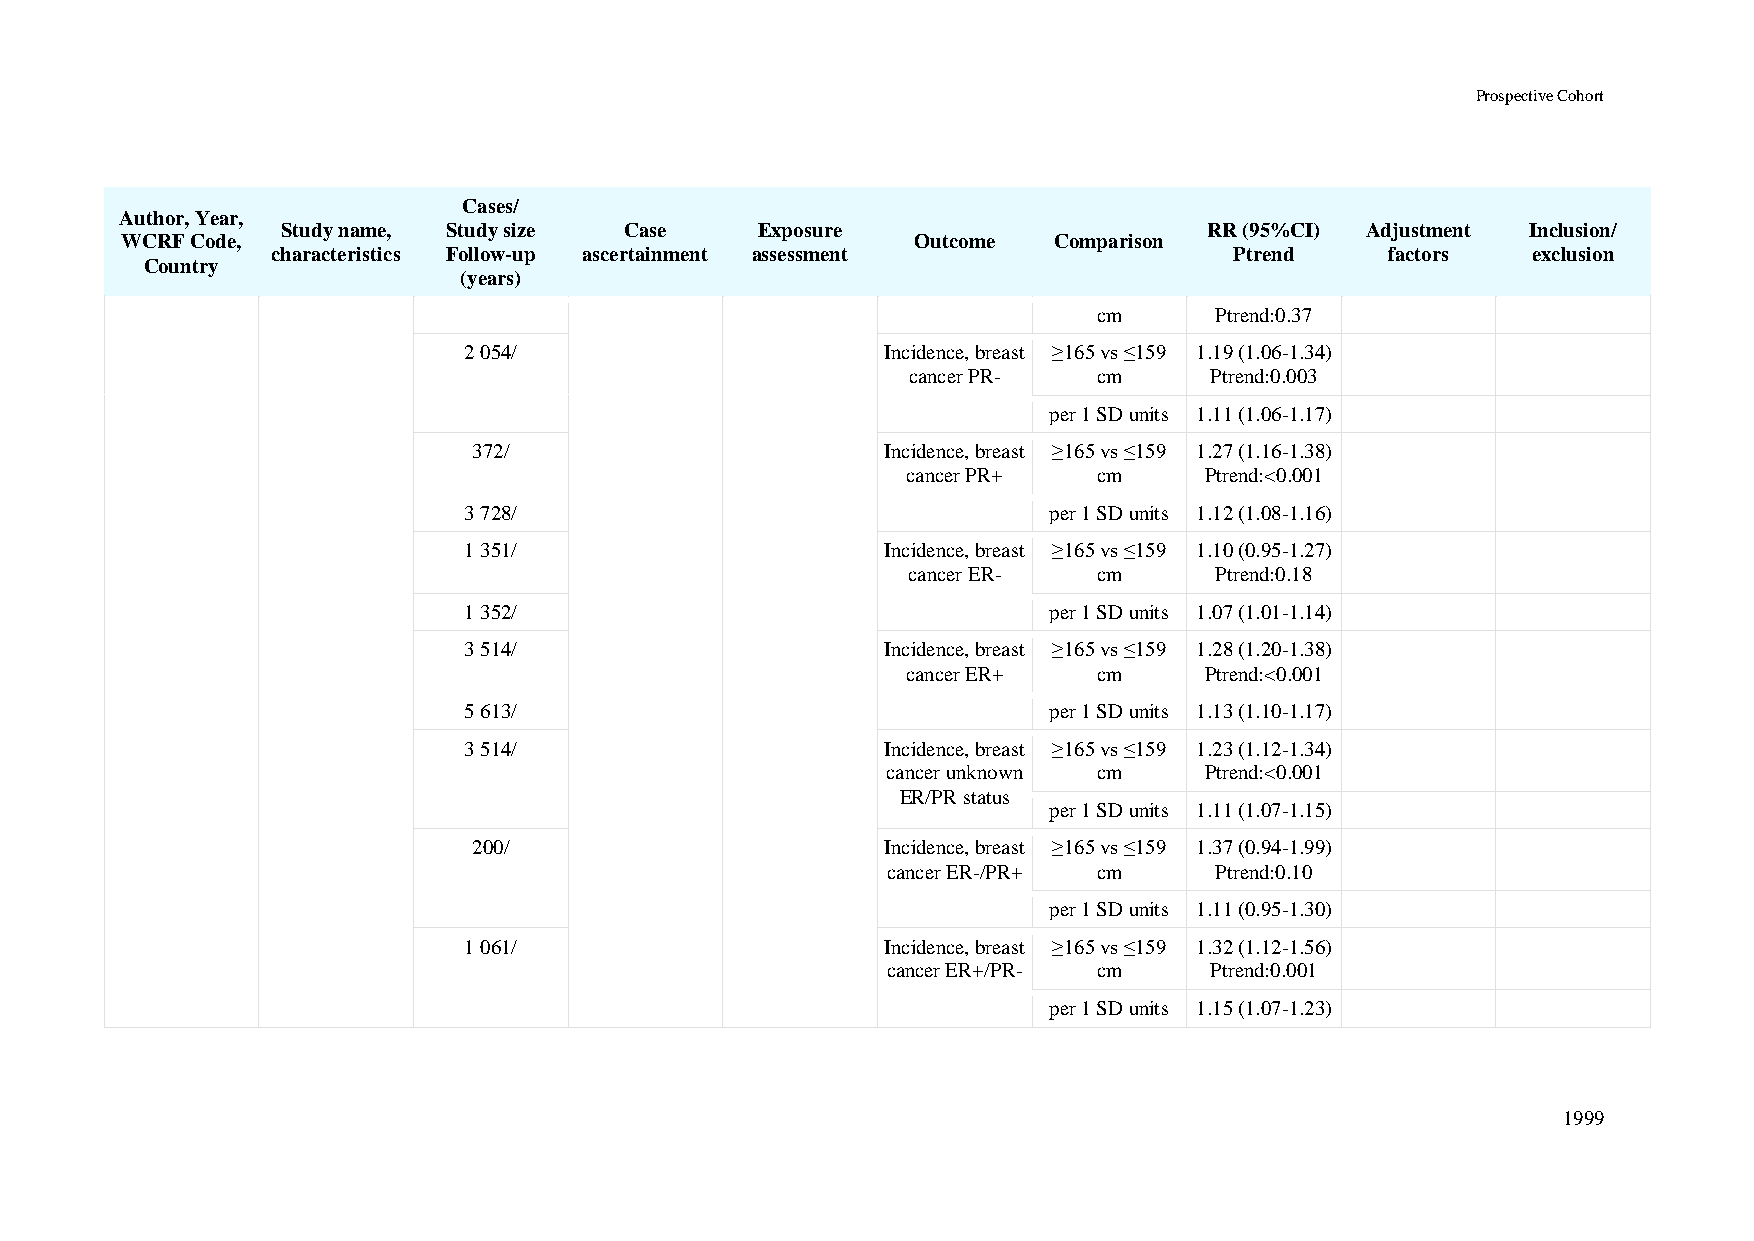
Prospective Cohort
 Cases/
 Author, Year,
 Study name, Study size Case    Exposure                      RR (95%CI) Adjustment Inclusion/
 WCRF Code,                                           Outcome  Comparison
 characteristics Follow-up ascertainment assessment              Ptrend    factors  exclusion
 Country
 (years)
 cm     Ptrend:0.37
 2 054/                      Incidence, breast ≥165 vs ≤159 1.19 (1.06-1.34)
 cancer PR-   cm     Ptrend:0.003
 per 1 SD units 1.11 (1.06-1.17)
 372/                        Incidence, breast ≥165 vs ≤159 1.27 (1.16-1.38)
 cancer PR+   cm     Ptrend:<0.001
 3 728/                                per 1 SD units 1.12 (1.08-1.16)
 1 351/                      Incidence, breast ≥165 vs ≤159 1.10 (0.95-1.27)
 cancer ER-   cm     Ptrend:0.18
 1 352/                                per 1 SD units 1.07 (1.01-1.14)
 3 514/                      Incidence, breast ≥165 vs ≤159 1.28 (1.20-1.38)
 cancer ER+   cm     Ptrend:<0.001
 5 613/                                per 1 SD units 1.13 (1.10-1.17)
 3 514/                      Incidence, breast ≥165 vs ≤159 1.23 (1.12-1.34)
 cancer unknown cm    Ptrend:<0.001
 ER/PR status
 per 1 SD units 1.11 (1.07-1.15)
 200/                        Incidence, breast ≥165 vs ≤159 1.37 (0.94-1.99)
 cancer ER-/PR+ cm    Ptrend:0.10
 per 1 SD units 1.11 (0.95-1.30)
 1 061/                      Incidence, breast ≥165 vs ≤159 1.32 (1.12-1.56)
 cancer ER+/PR- cm    Ptrend:0.001
 per 1 SD units 1.15 (1.07-1.23)
 1999